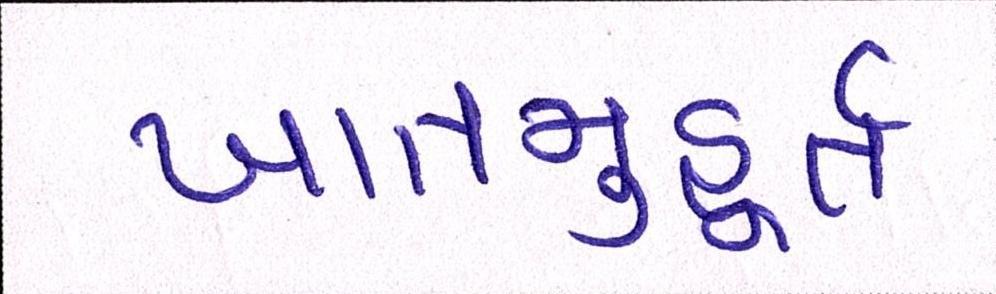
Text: ખાતમુહૂર્ત